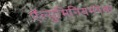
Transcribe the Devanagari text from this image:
ऍल्युमिनियमपेक्षा